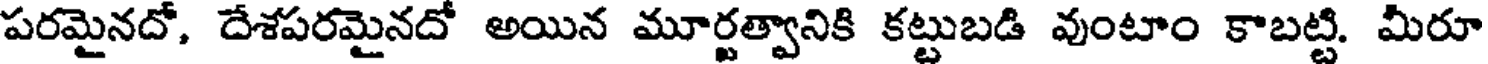
పరమైనదో, దేశపరమైనదో అయిన మూర్ణత్వానికి కట్టుబడి వుంటాం కాబట్టి. మీరూ